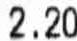
2.20